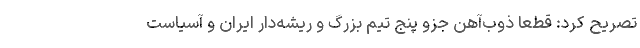
تصریح کرد: قطعا ذوب‌آهن جزو پنج تیم بزرگ و ریشه‌دار ایران و آسیاست